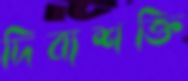
দিব্যশক্তি